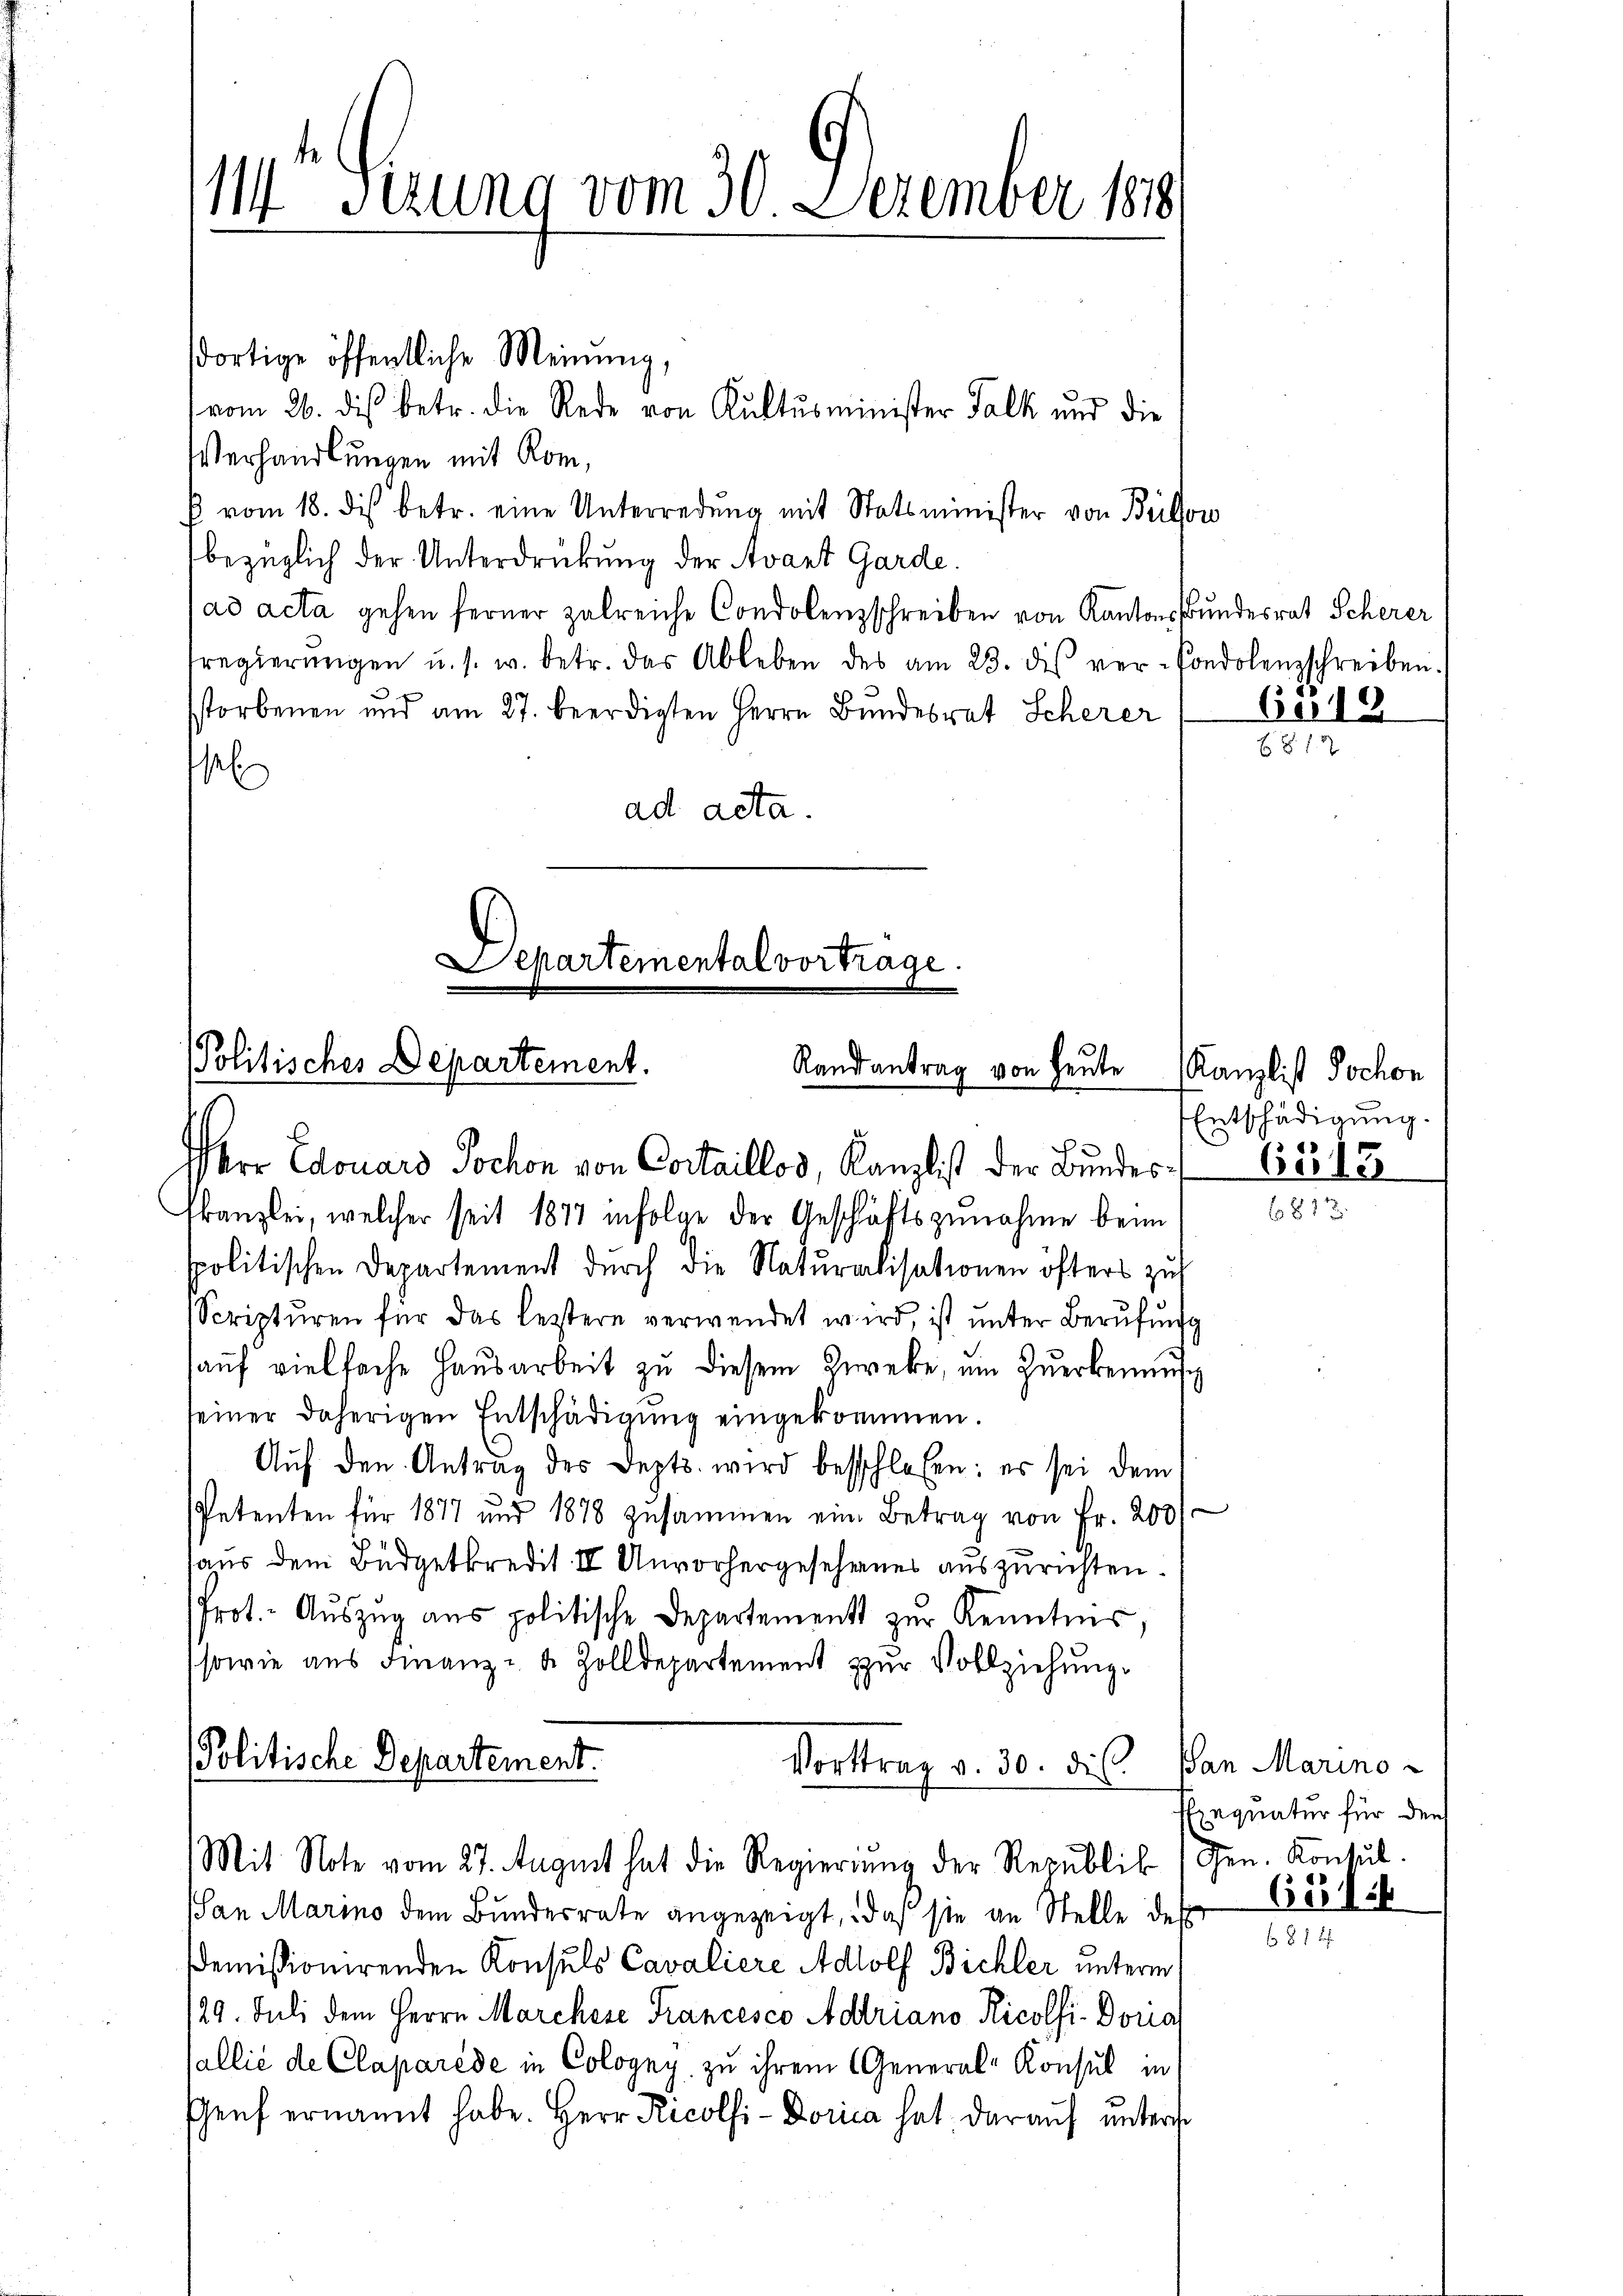
111 Serung vom 30. Dezember 188

dortige öffentliche Meinung,
Verhandlungen mit Rom,
 vom 18. dis betr. eine Unterredung mit Statsminister von Bülow
bezüglich der Unterdrückung der Avant Garde.
ad acta gehen ferner zulreiche Condolenzschreiben von Kantons Bundesrat Scherer
regierŭngen u. s. w. betr. das Ableben des am 23. des ver-Condolenzschreiben.
sstorbenen und am 27. beerdigten Herrn Bundesrat Scherer
s
ad acta.

Herr Edouars Jochon von Cortaillos, Kanzlist der Bŭndes 65515
kanzlei, welcher seit 1877 infolge der Geschäftszŭnahme beim
spolitischen Departement durch die Naturalisationen öfters zu
Scriptŭren für das leztere verwendet wird, ist ŭnter Berŭfŭnft
aŭf vielfache Hausarbeit zu diesem Zwecke, um zuerkennu
seiner daherigen Entschädigŭng eingekommen.
Aŭf den Antrag des Sept. wird besschloßen: es sei dem
Petenten für 1877 und 1878 zusammen eine Betrag von Fr. 200
 11
haus dem Büdgetkredit II Unvorhergesehenes auszurichten
Prot. - Auszug aus politische Departements zur Kenntnis,
sowie aus Finanz- u. Zolldepartement zŭr Vollziehung.
Politische Departement.
Vortrag v. 30. die San Marino-
Mit Note vom 27. August hat die Regierung der Republik
San Marino dem Bundesrate angezeigt, daß sie an Stelle des
Demissionirenden Konsuls Cavaliere Adolf Bichler unterm
129. Juli dem Herrn Marchese Francesco Adriano Ricolfi-Dorial
allié de Claparéde in Cologny zu ihrem General-Konsul in
Genf ernannt habe. Herr Ricolsi-Dorica hat darauf untern

vom 26. dis betr. die Rede von Kultusminister Falk und die

Lepartemental vortrage.
Politisches Departement.
Randantrag von Heute

6549

Kanzlist Hochon
Entschädigung.

Exequatur für den
Gen. Kontul

6816